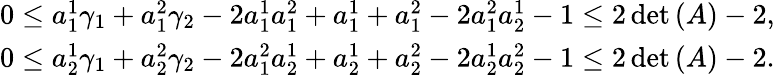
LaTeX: \begin{array}{r}{\begin{array}{r}{0\leq a_{1}^{1}\gamma_{1}+a_{1}^{2}\gamma_{2}-2a_{1}^{1}a_{1}^{2}+a_{1}^{1}+a_{1}^{2}-2a_{1}^{2}a_{2}^{1}-1\leq 2\operatorname*{det}{(A)}-2,}\\ {0\leq a_{2}^{1}\gamma_{1}+a_{2}^{2}\gamma_{2}-2a_{1}^{2}a_{2}^{1}+a_{2}^{1}+a_{2}^{2}-2a_{2}^{1}a_{2}^{2}-1\leq 2\operatorname*{det}{(A)}-2.}\end{array}}\end{array}